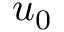
u _ { 0 }